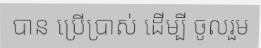
បាន ប្រើប្រាស់ ដើម្បី ចូលរួម